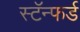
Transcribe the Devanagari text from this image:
स्टॅन्फर्ड